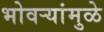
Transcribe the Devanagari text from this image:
भोवर्‍यांमुळे